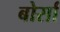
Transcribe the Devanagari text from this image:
बोर्सा